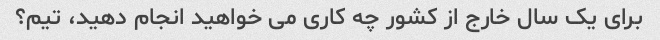
برای یک سال خارج از کشور چه کاری می خواهید انجام دهید، تیم؟